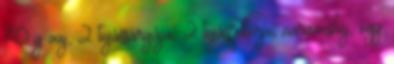
70 g vaj, 2 tojássárgája, 2 tojásfehérje, narancshéj, egy